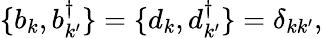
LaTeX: \{ b_{k},b_{k^{\prime}}^{\dagger}\} =\{ d_{k},d_{k^{\prime}}^{\dagger}\} =\delta_{kk^{\prime}},